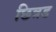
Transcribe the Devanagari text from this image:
छित्रड